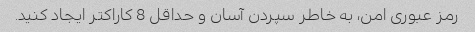
رمز عبوری امن، به خاطر سپردن آسان و حداقل 8 کاراکتر ایجاد کنید.